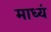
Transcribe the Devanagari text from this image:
माध्यं